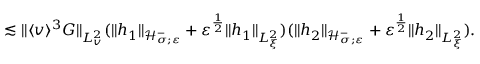
\lesssim \| \langle v \rangle ^ { 3 } G \| _ { L _ { v } ^ { 2 } } ( \| h _ { 1 } \| _ { \mathcal H _ { \sigma ; \varepsilon } ^ { - } } + \varepsilon ^ { \frac { 1 } { 2 } } \| h _ { 1 } \| _ { L _ { \xi } ^ { 2 } } ) ( \| h _ { 2 } \| _ { \mathcal H _ { \sigma ; \varepsilon } ^ { - } } + \varepsilon ^ { \frac { 1 } { 2 } } \| h _ { 2 } \| _ { L _ { \xi } ^ { 2 } } ) .